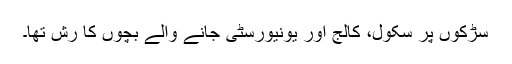
سڑکوں پر سکول، کالج اور یونیورسٹی جانے والے بچوں کا رش تھا۔